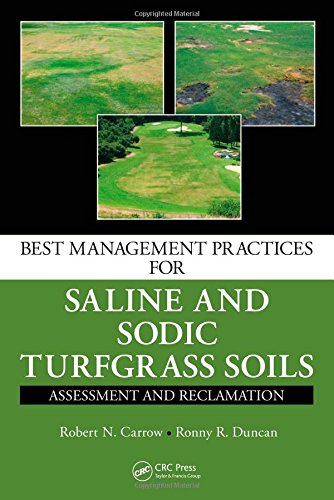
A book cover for Best Management Practices for Saline and Sodic Turfgrass Soils: Assessment and Reclamation; Robert N. Carrow; Crafts, Hobbies & Home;